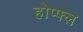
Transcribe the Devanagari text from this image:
होप्फ्ल